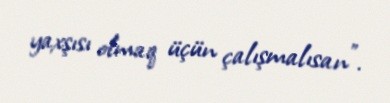
yaxşısı olmaq üçün çalışmalısan”.